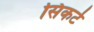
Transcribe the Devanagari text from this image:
सिकर्ट